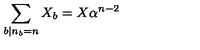
\sum _ { b \vert n _ { b } = n } X _ { b } = X \alpha ^ { n - 2 }